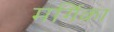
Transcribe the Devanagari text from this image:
मर्गिका